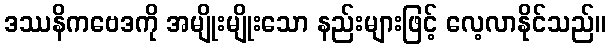
ဒဿနိကဗေဒကို အမျိုးမျိုးသော နည်းများဖြင့် လေ့လာနိုင်သည်။